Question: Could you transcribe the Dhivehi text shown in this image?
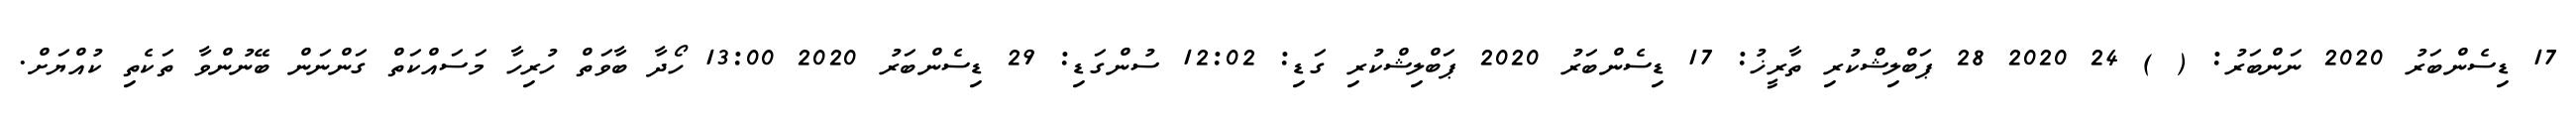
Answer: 17 ޑިސެންބަރު 2020 ނަންބަރު: ( ) 24 2020 28 ޕަބްލިޝްކުރި ތާރީޚު: 17 ޑިސެންބަރު 2020 ޕަބްލިޝްކުރި ގަޑި: 12:02 ސުންގަޑި: 29 ޑިސެންބަރު 2020 13:00 ހޯދާ ބާވަތް ހުރިހާ މަސައްކަތް ގަންނަން ބޭނުންވާ ތަކެތި ކުއްޔަށް.